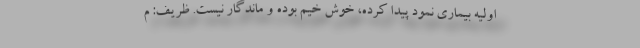
اولیه بیماری نمود پیدا کرده، خوش خیم بوده و ماندگار نیست. ظریف: م